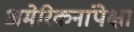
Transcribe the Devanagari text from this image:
अमेरिकनांपेक्षा